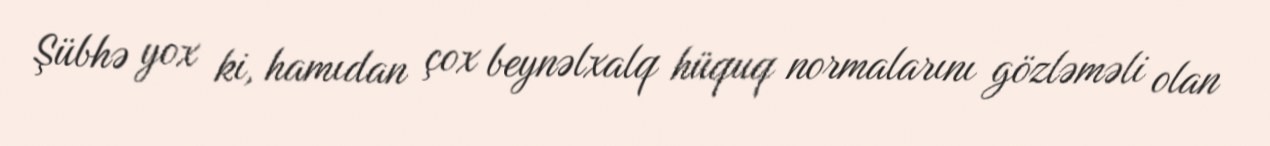
Şübhə yox ki, hamıdan çox beynəlxalq hüquq normalarını gözləməli olan